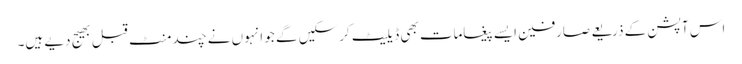
اس آپشن کے ذریعے صارفین ایسے پیغامات بھی ڈیلیٹ کرسکیں گے جو انہوں نے چند منٹ قبل بھیج دیے ہیں۔